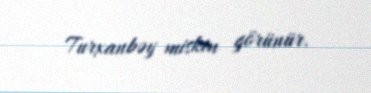
Turxanbəy miskin görünür.